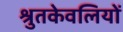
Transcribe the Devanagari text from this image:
श्रुतकेवलियों